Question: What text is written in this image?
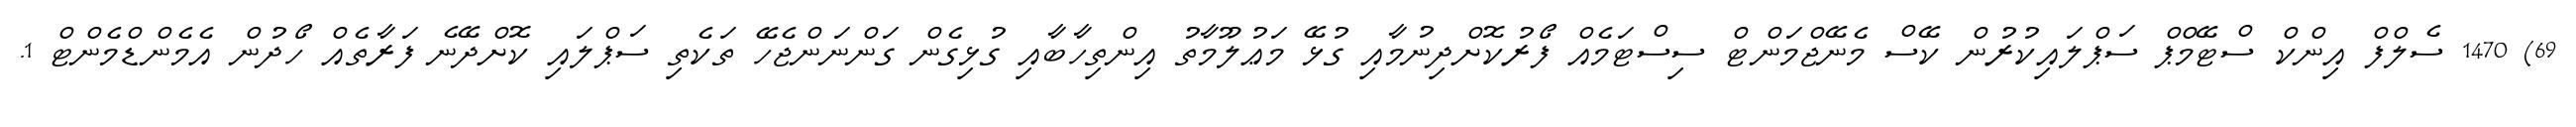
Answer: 69) 1470 ސެލްފް އިންކް ސްޓޭމްޕް ސަޕްލައިކުރުން ކޭސް މެނޭޖްމަންޓް ސިސްޓަމެއް ފޯރުކޮށްދިނުމާއި ގުޅޭ މަޢުލޫމާތު އިންތިހާބާއި ގުޅިގެން ގަންނަންޖެހޭ ތަކެތި ސަޕްލައި ކޮށްދޭނެ ފަރާތެއް ހޯދުން އެމެންޑްމެންޓް 1.